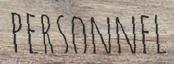
PERSONNEL